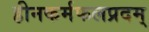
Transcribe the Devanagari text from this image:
हीनकर्मफलप्रदम्